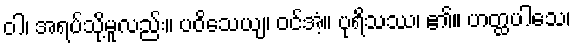
ဝါ၊ အရပ်သို့မူလည်း။ ပဝိသေယျ၊ ဝင်အံ့။ ပုရိသဿ၊ ၏။ ဟတ္ထပါသေ၊